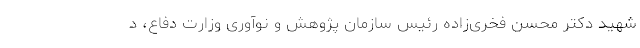
شهید دکتر محسن فخری‌زاده رئیس سازمان پژوهش و نوآوری وزارت دفاع، د